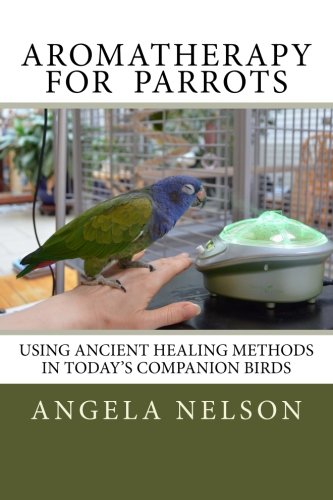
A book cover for Aromatherapy for Parrots: Using an ancient healing art with today's companion birds; Angela Nelson; Crafts, Hobbies & Home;